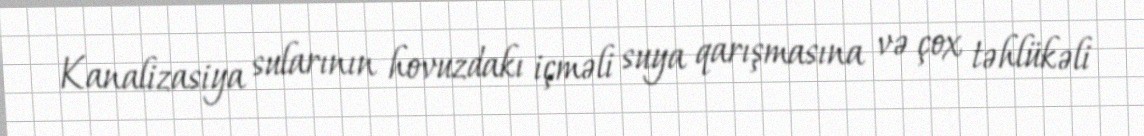
Kanalizasiya sularının hovuzdakı içməli suya qarışmasına və çox təhlükəli